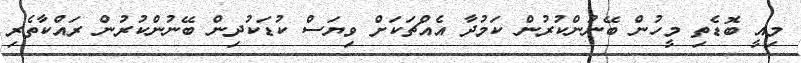
މިއީ ބޮޑެތި މީހުން ބޭނުންކުރުން ކަމުދާ އެއްޗަކަށް ވިޔަސް ކުޑަކުދިން ބޭނުންކުރުން ރައްކާތެރި